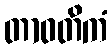
တာဝတိကံ